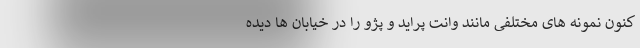
کنون نمونه های مختلفی مانند وانت پراید و پژو را در خیابان ها دیده